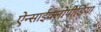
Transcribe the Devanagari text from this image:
ऐन्साईक्लोपीडिया